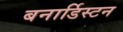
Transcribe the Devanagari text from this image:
बनार्डिस्टन